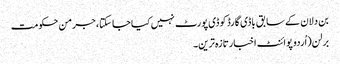
بن دلان کے سابق باڈی گارڈ کو ڈی پورٹ نہیں کیا جا سکتا، جرمن حکومت
برلن(اُردو پوائنٹ اخبارتازہ ترین۔